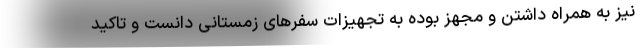
نیز به همراه داشتن و مجهز بوده به تجهیزات سفرهای زمستانی دانست و تاکید